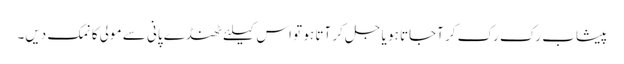
پیشاب رک رک کر آجاتا ہو یا جل کر آتا ہو تو اس کیلئے ٹھنڈے پانی سے مولی کا نمک دیں۔